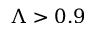
\Lambda > 0 . 9